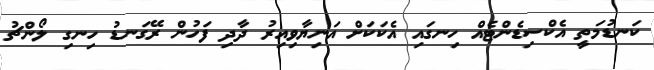
ކަނޑުމަތީ އެކްސިޑެންޓެއް ހިނގައި އެކަކަށް އަނިޔާވިއިރު ދާދި ފަހުން ރޭގަނޑު ހިނގި ލޯންޗު